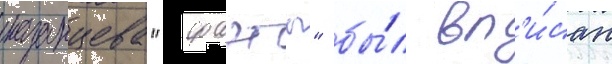
казанцева "фаэты" бы́л вп'и́сан